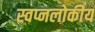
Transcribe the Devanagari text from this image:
स्वप्नलोकीय